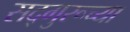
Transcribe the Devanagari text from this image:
सद्गुरूच्या